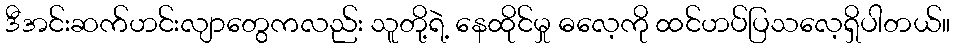
ဒီအင်းဆက်ဟင်းလျာတွေကလည်း သူတို့ရဲ့ နေထိုင်မှု ဓလေ့ကို ထင်ဟပ်ပြသလေ့ရှိပါတယ်။